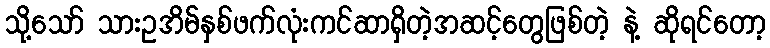
သို့သော် သားဥအိမ်နှစ်ဖက်လုံးကင်ဆာရှိတဲ့အဆင့်တွေဖြစ်တဲ့ နဲ့ ဆိုရင်တော့